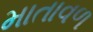
માતાવળ